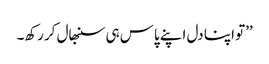
’’تو اپنا دل اپنے پاس ہی سنبھال کر رکھ۔